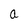
Character: a